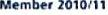
Member 2010/11